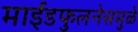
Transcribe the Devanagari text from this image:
माईंडफुलनेसमुळे